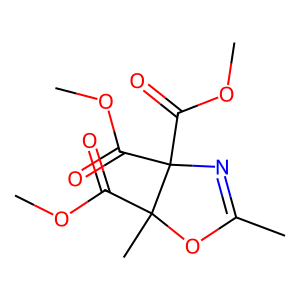
SMILES: COC(=O)C1(C)OC(C)=NC1(C(=O)OC)C(=O)OC
Inhibits HIV replication: No